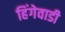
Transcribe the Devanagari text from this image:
हिंगेवाडी